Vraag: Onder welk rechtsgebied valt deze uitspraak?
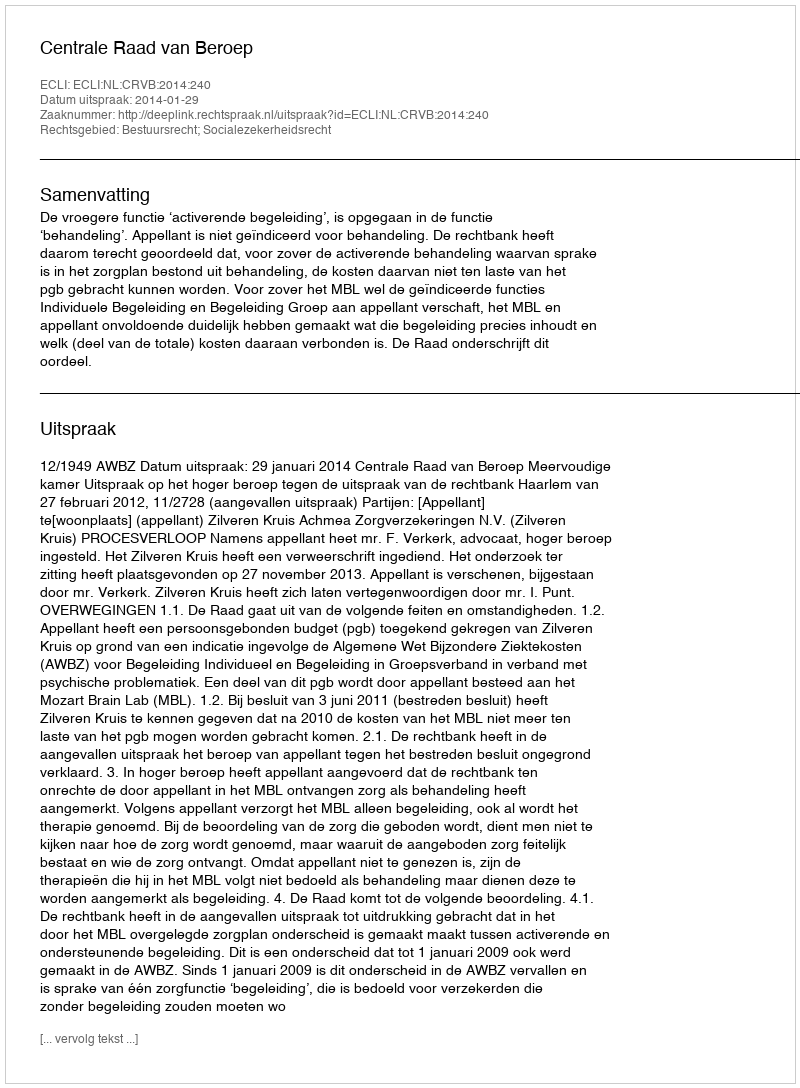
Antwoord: Bestuursrecht; Socialezekerheidsrecht